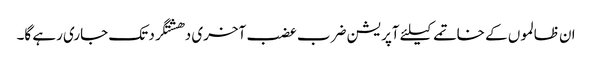
ان ظالموں کے خاتمے کیلئے آپریشن ضرب عضب آخری دھشتگرد تک جاری رہے گا۔